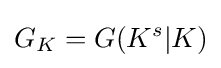
G_{K}=G(K^{s}|K)